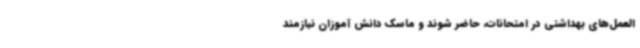
العمل‌های بهداشتی در امتحانات، حاضر شوند و ماسک دانش آموزان نیازمند